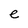
Character: e